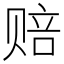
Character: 赔